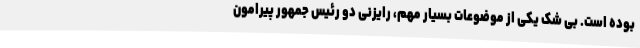
بوده است. بی شک یکی از موضوعات بسیار مهم، رایزنی دو رئیس جمهور پیرامون